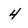
Character: 4